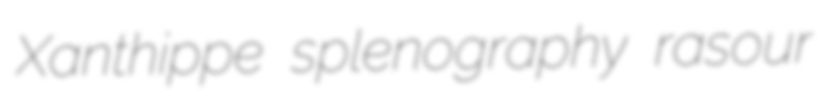
Xanthippe splenography rasour